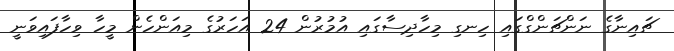
ޗައިނާގެ ނަންޗަންގްގައި ހިނގި މިހާދިސާގައި އުމުރުން 24 އަހަރުގެ މިއަންހެން މީހާ ވިހާފައިވަނީ